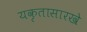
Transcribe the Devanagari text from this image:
यकृतासारखे